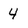
Character: 4